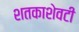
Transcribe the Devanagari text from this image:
शतकाशेवटी